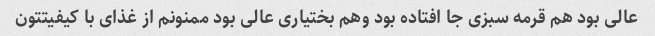
عالی بود هم قرمه سبزی جا افتاده بود وهم بختیاری عالی بود ممنونم از غذای با کیفیتتون